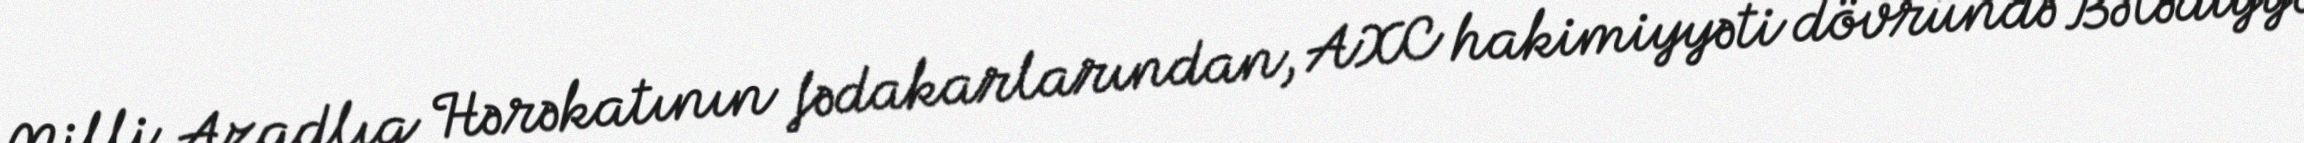
Milli Azadlıq Hərəkatının fədakarlarından, AXC hakimiyyəti dövründə Bələdiyyə